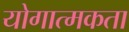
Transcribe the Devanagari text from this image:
योगात्मकता